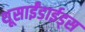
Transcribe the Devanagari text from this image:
थूसाईंडाईड्स